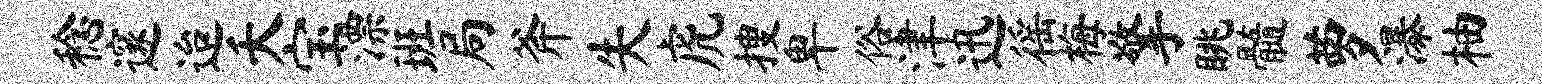
稔邃迨夭宝漂班局斧失虎搜卑俗津迅徭梅擎眺髓萝瀑柚